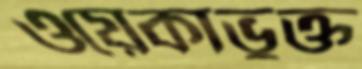
ওয়েকাভুক্ত